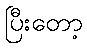
ပြီးတော့